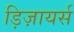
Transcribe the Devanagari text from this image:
ड़िज़ायर्स